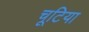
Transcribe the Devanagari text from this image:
चूटिया